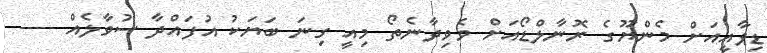
ޑިޕާއީއަށް މެންޔޫގެ ރޮނާލްޑޯއަށް ވެވިދާނެތޯ މިއީ ގިނަ ބަޔަކު އުފައްދާ ސުވާލެއް ----